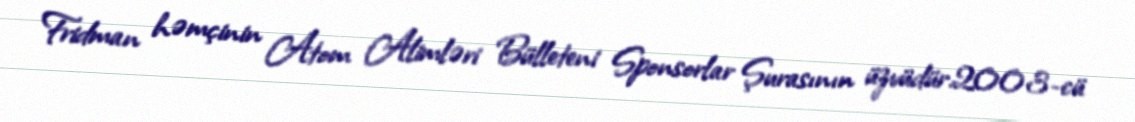
Fridman həmçinin Atom Alimləri Bülleteni Sponsorlar Şurasının üzvüdür.2003-cü